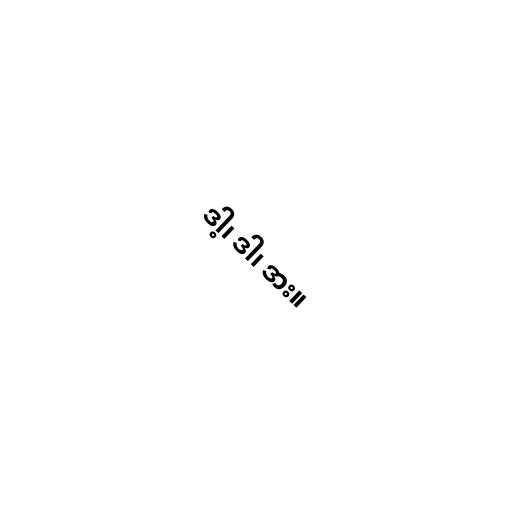
ဒါ့၊ ဒါ၊ ဒား။